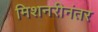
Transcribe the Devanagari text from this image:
मिशनरीनंतर